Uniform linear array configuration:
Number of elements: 12
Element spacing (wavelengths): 0.75
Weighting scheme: exponential
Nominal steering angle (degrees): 45
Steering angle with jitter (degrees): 43.328
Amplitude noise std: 0.05
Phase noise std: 0.05

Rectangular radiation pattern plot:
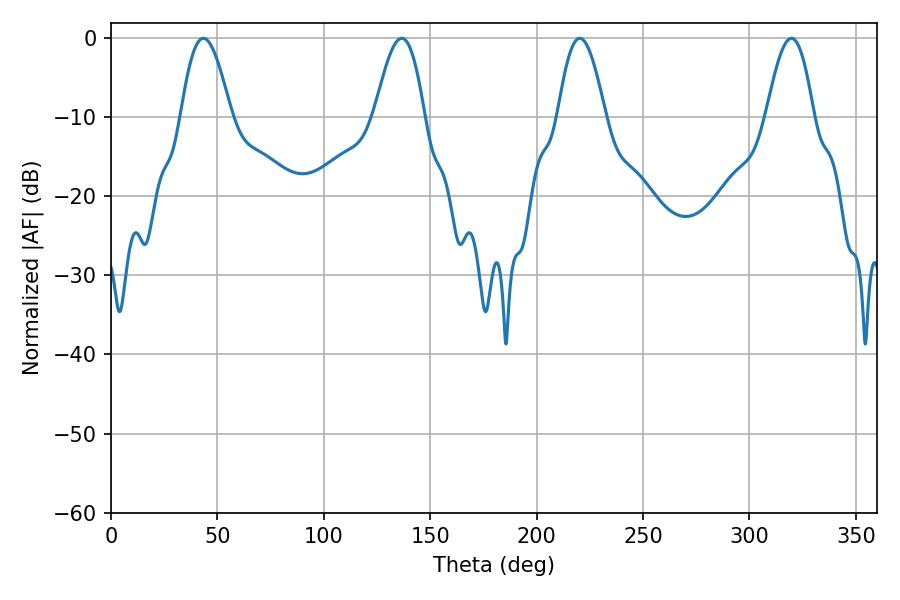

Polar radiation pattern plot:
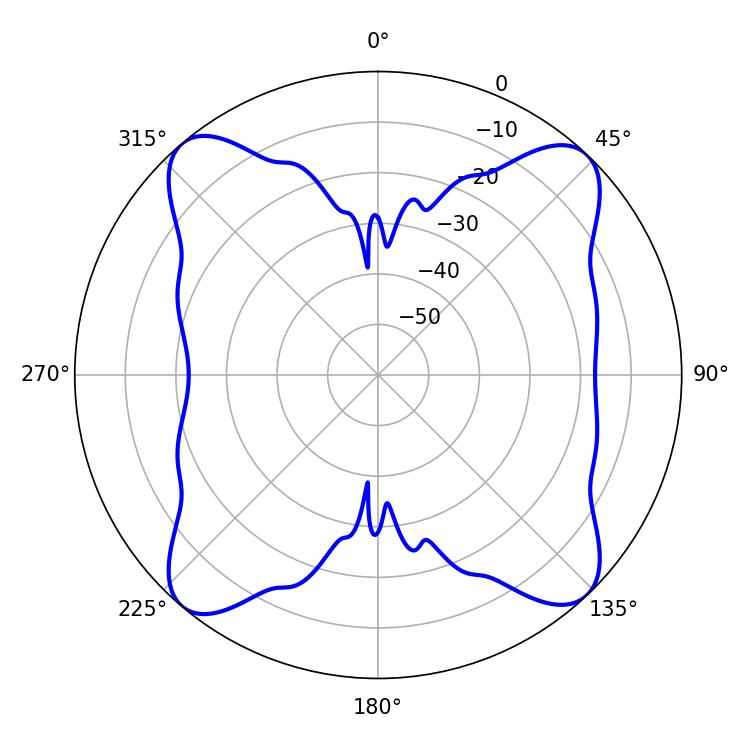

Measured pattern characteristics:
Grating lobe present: TRUE
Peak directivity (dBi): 15.884
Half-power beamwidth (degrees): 12.6
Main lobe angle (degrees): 43.38